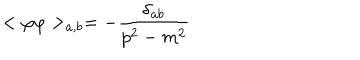
< \varphi \varphi > _ { a , b } = - \frac { \delta _ { a b } } { p ^ { 2 } - m ^ { 2 } }